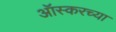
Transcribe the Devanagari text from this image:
ऑस्करच्या